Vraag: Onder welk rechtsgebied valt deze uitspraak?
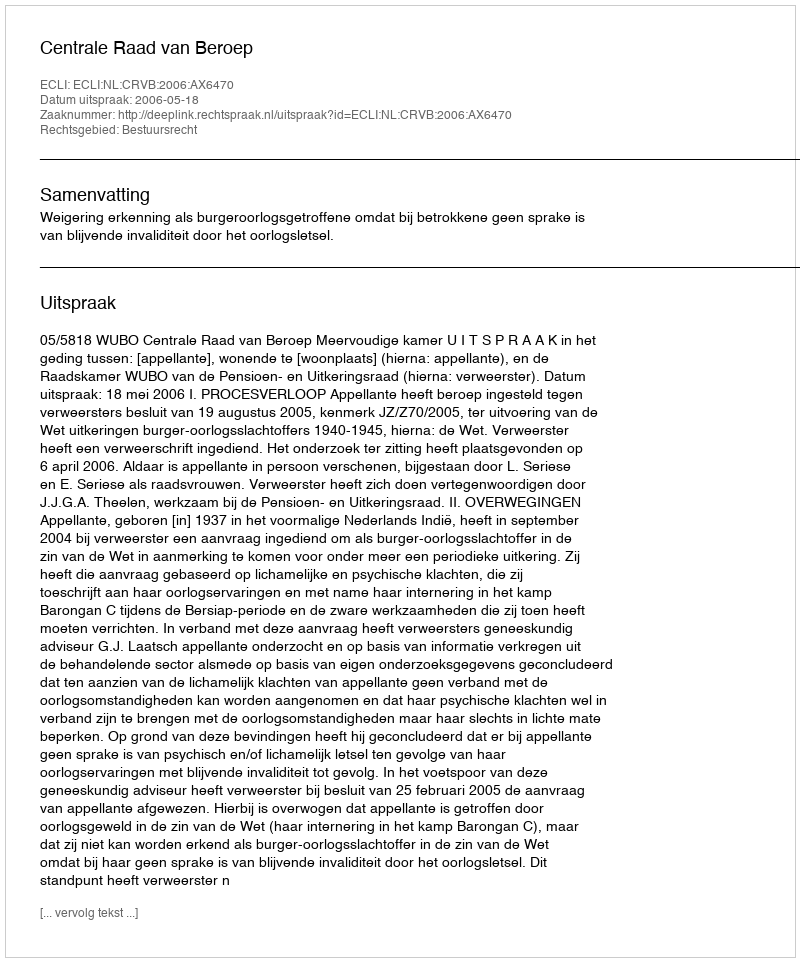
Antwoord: Bestuursrecht